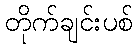
တိုက်ချင်းပစ်